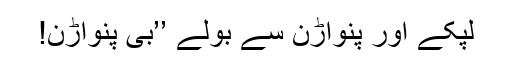
لپکے اور پنواڑن سے بولے ’’بی پنواڑن!